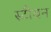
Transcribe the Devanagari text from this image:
स्‍टीवन